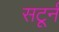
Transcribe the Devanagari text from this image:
सटूर्न